Maali_päevik, lk 71
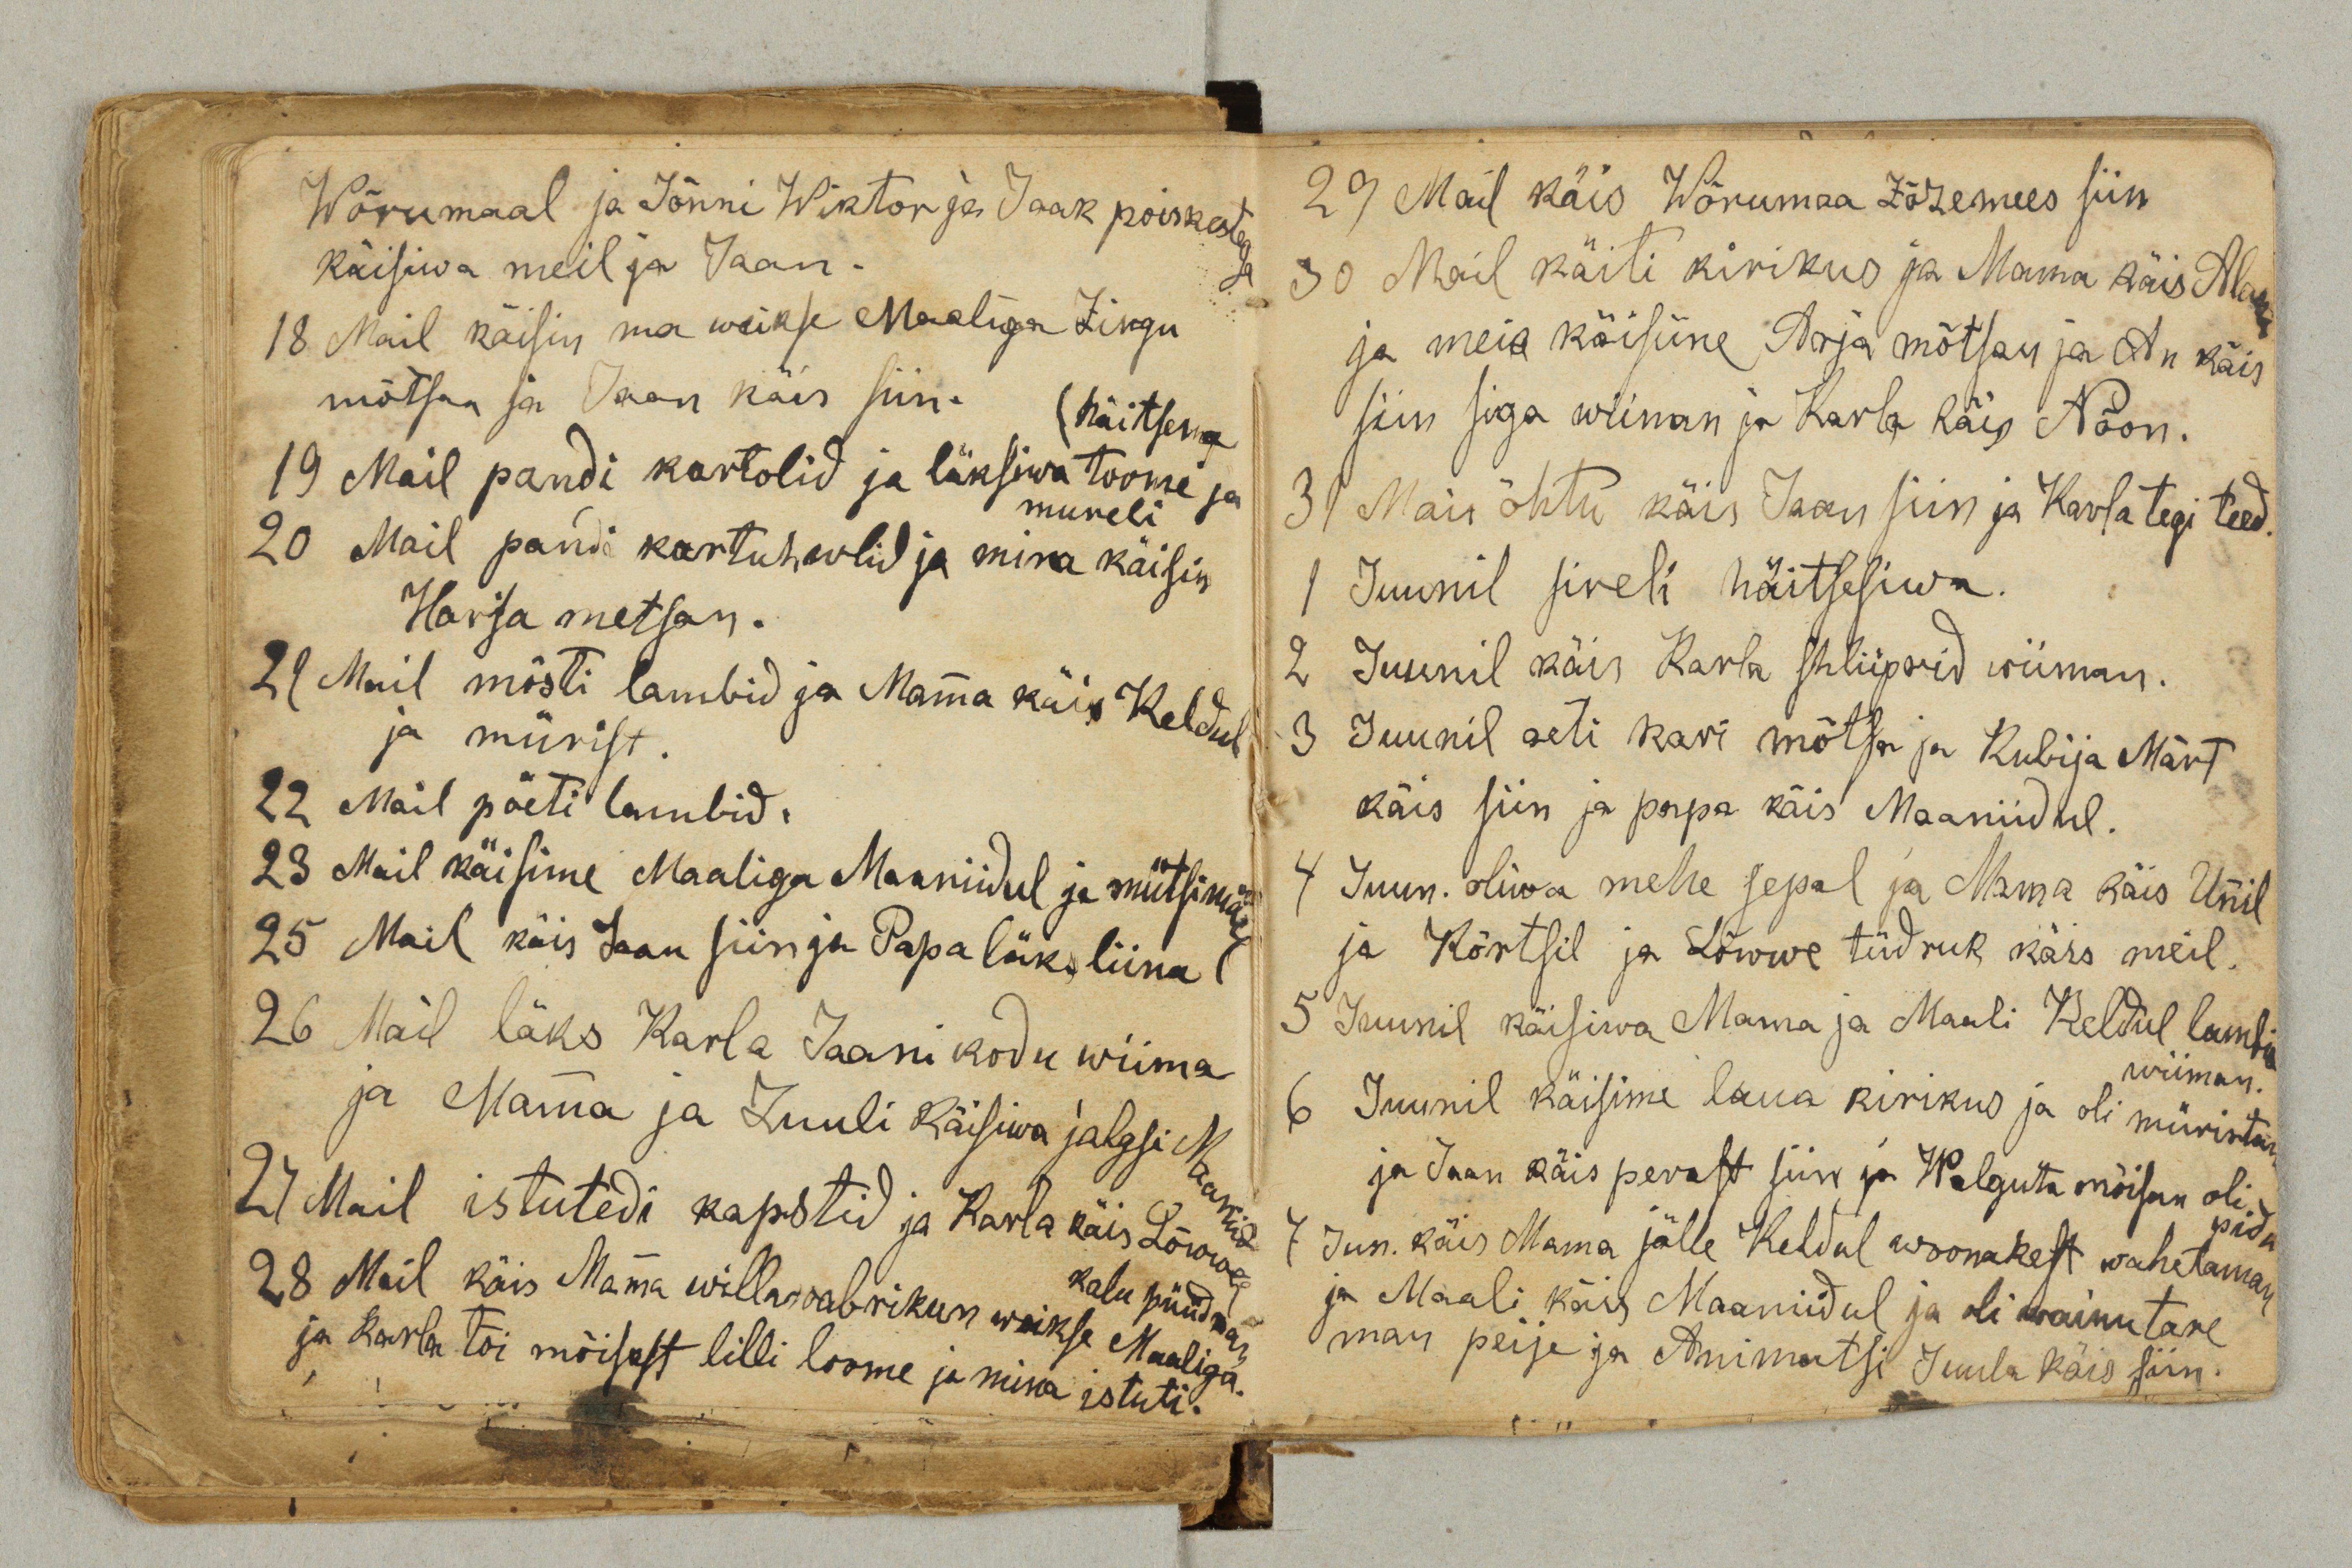
Wõrumaal ja Jõnni Wiktor ja Jaak poiskestega
käisiwa meil ja Jaan.
18 Mail käisin ma weikse Maaliga Zirgu
mõtsan ja Jaan käis siin.
häitsema
19 Mail pandi kartolid ja läksiwa toome ja
mureli
20 Mail pandi kartuhwlid ja mina käisin
Harja metsan.
21 Mail mõsti lambid ja Mamma käis Keldul
ja mürist.
22 Mail pöeti lambid.
23 Mail käisime Maaliga Maaniidul ja mütsimäel
25 Mail käis Jaan siin ja Papa läks liina
26 Mail läks Karla Jaani kodu wiima
ja Mamma ja Juuli käisiwa jalgsi Maaniid
27 Mail istutedi kapstid ja Karla käis Lõwwel
kalu püüdman
28 Mail käis Mamma willawabrikun weikse Maaliga.
ja Karla tõi mõtsast lilli loome ja mina istuti.

29 Mail käis Wõrumaa Zõzemees siin
30 Mail käiti kirikus ja Mama käis Alan
ja meie käisime Arja mõtsan ja An käis
siin siga wiiman ja Karla käis Nõon.
31 Mai õhtu käis Jaan siin ja Karla tegi teed.
1 Juunil sireli häitsesiwa.
2 Juunil käis Karla shliiprid wiiman.
3 Juunil aeti kari mõtsa ja Kubija Märt
käis siin ja papa käis Maaniidul.
4 Juun. oliwa mehe sepal ja Mama käis Unnil
ja Kõrtsil ja Lõwwe tüdruk käis meil.
5 Juunil käisiwa Mama ja Maali Keldul lambi
wiiman.
6 Juunil käisime laua kirikus ja oli müristan
ja Jaan käis perast siin ja Walguta mõisan oli
pidu
7 Jun. käis Mama jälle Keldul woonakest wahetaman
ja Maali käis Maaniidul ja oli wainu tare
man peije ja Animatsi Juula käis siin.